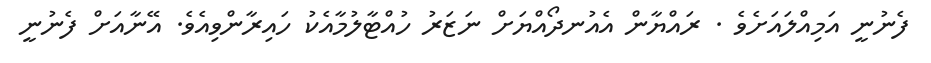
ފެނުނީ އަމިއްލައަށެވެ . ރައްޔާން އެއުނދޯއްޔަށް ނަޒަރު ހުއްޓާލުމާއެކު ހައިރާންވިއެވެ. އޭނާއަށް ފެނުނީ